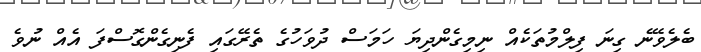
ބެލެވޭނެ ގިނަ ފިލްމުތަކެއް ނިމިގެންދިޔަ ހަމަސް ދުވަހުގެ ތެރޭގައި ފެނިގެންގޮސްފަ އެެއް ނުވެ